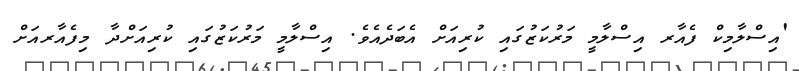
'އިސްލާމިކް ފެއާރ އިސްލާމީ މަރުކަޒުގައި ކުރިއަށް އެބަދެއެވެ. އިސްލާމީ މަރުކަޒުގައި ކުރިއަށްދާ މިފެއާރއަށް